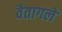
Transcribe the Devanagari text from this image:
वैतागले